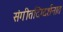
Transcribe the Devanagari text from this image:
संगीतदिग्दर्शनात